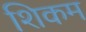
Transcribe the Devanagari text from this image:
शिकम